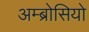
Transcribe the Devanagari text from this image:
अम्ब्रोसियो